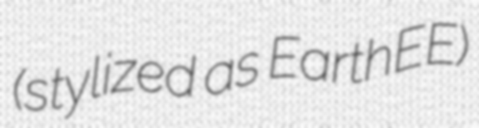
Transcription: (stylized as EarthEE)